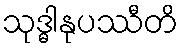
သုဒ္ဓါနုပဿီတိ